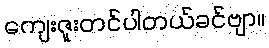
ကျေးဇူးတင်ပါတယ်ခင်ဗျာ။